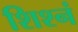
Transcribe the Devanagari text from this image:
शिश्नं